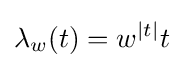
\lambda _{w}(t)=w^{|t|}t